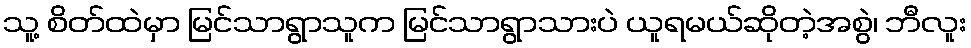
သူ့ စိတ်ထဲမှာ မြင်သာရွာသူက မြင်သာရွာသားပဲ ယူရမယ်ဆိုတဲ့အစွဲ၊ ဘီလူး